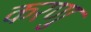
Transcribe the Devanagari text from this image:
करणु